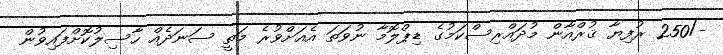
-/250 ރުފިޔާ ޤުރްއާން މުދައްރިސްކަމުގެ ޑިޕްލޮމާ ނުވަތަ އެއަށްވުރެ މަތީ ސަނަދެއް ހާސިލުކޮށްފައިވުން